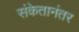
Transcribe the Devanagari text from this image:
संकेतानंतर